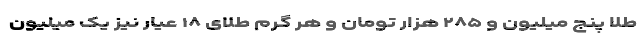
طلا پنج میلیون و ۲۸۵ هزار تومان و هر گرم طلای ۱۸ عیار نیز یک میلیون